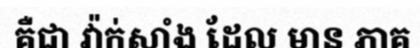
គឺជា វ៉ាក់សាំង ដែល មាន ភាគ